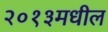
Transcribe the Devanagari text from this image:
२०१३मधील